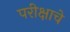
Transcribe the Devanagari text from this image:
परीक्षाचे